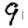
Digit: 9